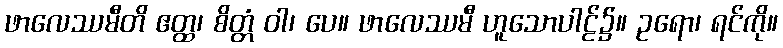
ဖာလေဿမီတိ ဧတ္ထ၊ စိတ္တံ ဝါ၊ ပေ။ ဖာလေဿမီ ဟူသောပါဠ်၌။ ဥရော၊ ရင်ကို။